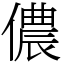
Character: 儂